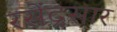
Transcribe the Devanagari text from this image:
रसेंद्रसार